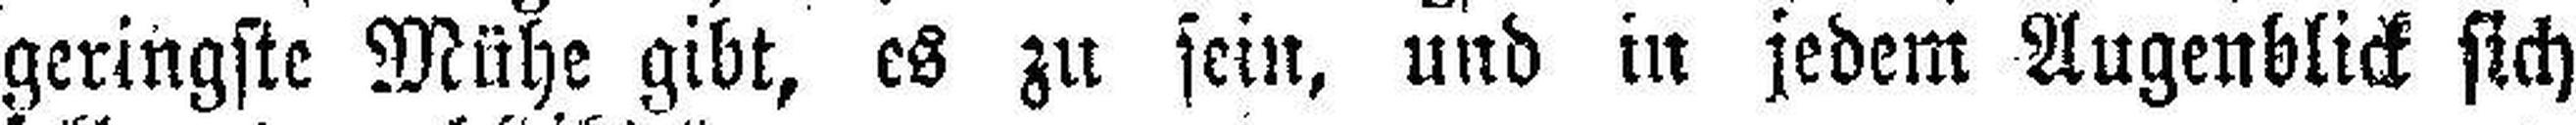
geringste Mühe gibt, es zu sein, und in jedem Augenblick sich